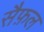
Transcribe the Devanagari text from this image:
सैफ़ल